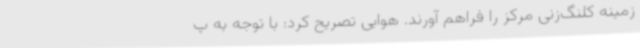
زمینه کلنگ‌زنی مرکز را فراهم آورند. هوایی تصریح کرد: با توجه به پ